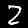
Digit: 2